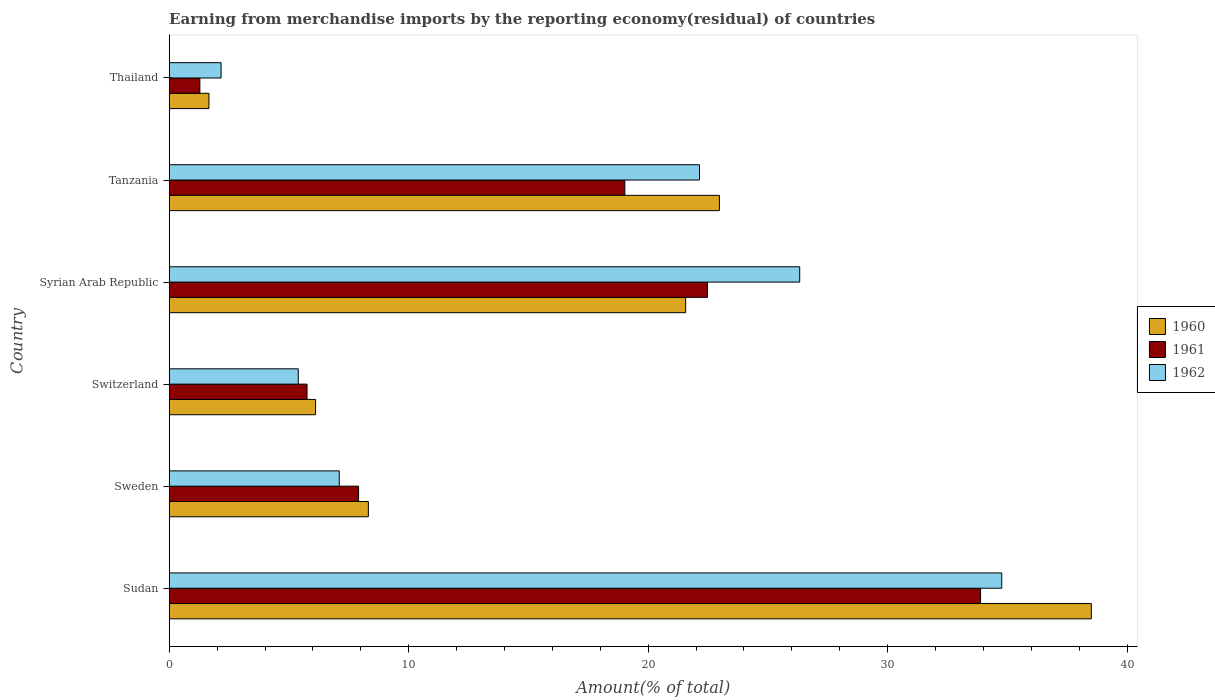
| Country | 1960 | 1961 | 1962 |
 | --- | --- | --- | --- |
 | Sudan | 38.5 | 33.9 | 34.8 |
 | Sweden | 8.32 | 7.91 | 7.1 |
 | Switzerland | 6.11 | 5.76 | 5.39 |
 | Syrian Arab Republic | 21.6 | 22.5 | 26.3 |
 | Tanzania | 23 | 19 | 22.1 |
 | Thailand | 1.66 | 1.28 | 2.17 |